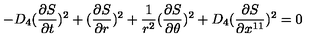
- D _ { 4 } ( { \frac { \partial S } { \partial t } } ) ^ { 2 } + ( { \frac { \partial S } { \partial r } } ) ^ { 2 } + { \frac { 1 } { r ^ { 2 } } } ( { \frac { \partial S } { \partial \theta } } ) ^ { 2 } + D _ { 4 } ( { \frac { \partial S } { \partial x ^ { 1 1 } } } ) ^ { 2 } = 0 ~